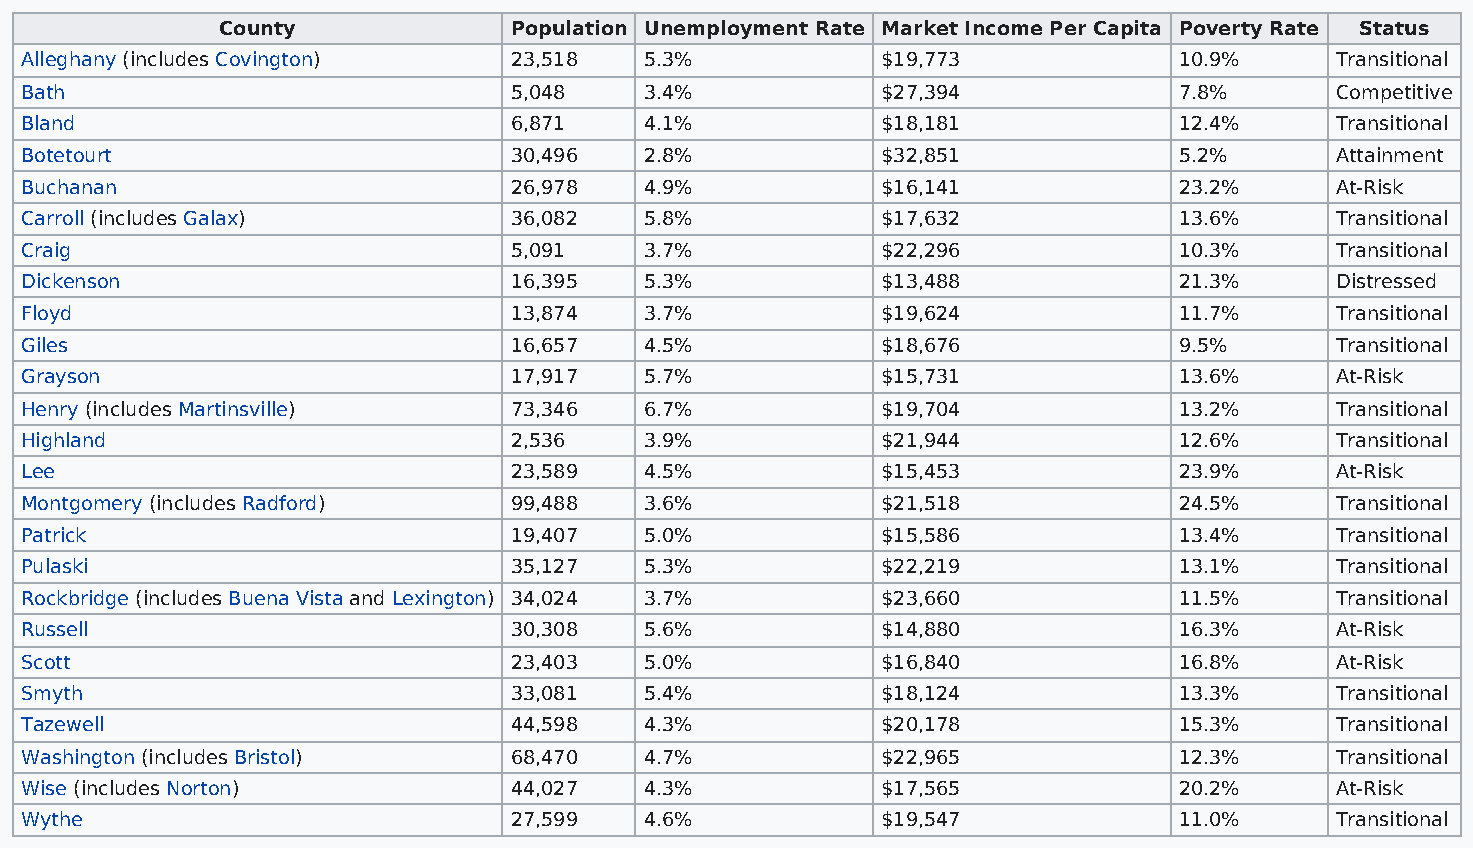
County             Population Unemployment Rate Market Income Per Capita Poverty Rate Status
 Alleghany (includes Covington)   23,518   5.3%           $19,773             10.9%     Transitional
 Bath                             5,048    3.4%           $27,394             7.8%      Competitive
 Bland                            6,871    4.1%           $18,181             12.4%     Transitional
 Botetourt                        30,496   2.8%           $32,851             5.2%      Attainment
 Buchanan                         26,978   4.9%           $16,141             23.2%     At-Risk
 Carroll (includes Galax)         36,082   5.8%           $17,632             13.6%     Transitional
 Craig                            5,091    3.7%           $22,296             10.3%     Transitional
 Dickenson                        16,395   5.3%           $13,488             21.3%     Distressed
 Floyd                            13,874   3.7%           $19,624             11.7%     Transitional
 Giles                            16,657   4.5%           $18,676             9.5%      Transitional
 Grayson                          17,917   5.7%           $15,731             13.6%     At-Risk
 Henry (includes Martinsville)    73,346   6.7%           $19,704             13.2%     Transitional
 Highland                         2,536    3.9%           $21,944             12.6%     Transitional
 Lee                              23,589   4.5%           $15,453             23.9%     At-Risk
 Montgomery (includes Radford)    99,488   3.6%           $21,518             24.5%     Transitional
 Patrick                          19,407   5.0%           $15,586             13.4%     Transitional
 Pulaski                          35,127   5.3%           $22,219             13.1%     Transitional
 Rockbridge (includes Buena Vista and Lexington) 34,024 3.7% $23,660          11.5%     Transitional
 Russell                          30,308   5.6%           $14,880             16.3%     At-Risk
 Scott                            23,403   5.0%           $16,840             16.8%     At-Risk
 Smyth                            33,081   5.4%           $18,124             13.3%     Transitional
 Tazewell                         44,598   4.3%           $20,178             15.3%     Transitional
 Washington (includes Bristol)    68,470   4.7%           $22,965             12.3%     Transitional
 Wise (includes Norton)           44,027   4.3%           $17,565             20.2%     At-Risk
 Wythe                            27,599   4.6%           $19,547             11.0%     Transitional